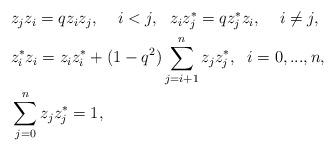
LaTeX: \begin{align*}\begin{aligned}&z_jz_i=qz_iz_j, \;\;\; \; i<j, \ \ z_iz_j^*=qz_j^*z_i, \;\;\; \; i\neq j, \\&z_i^*z_i=z_iz_i^*+(1-q^2)\sum_{j=i+1}^n z_jz_j^*, \; \ i=0,...,n, \\ &\sum_{j=0}^n z_jz_j^*=1,\end{aligned} \end{align*}